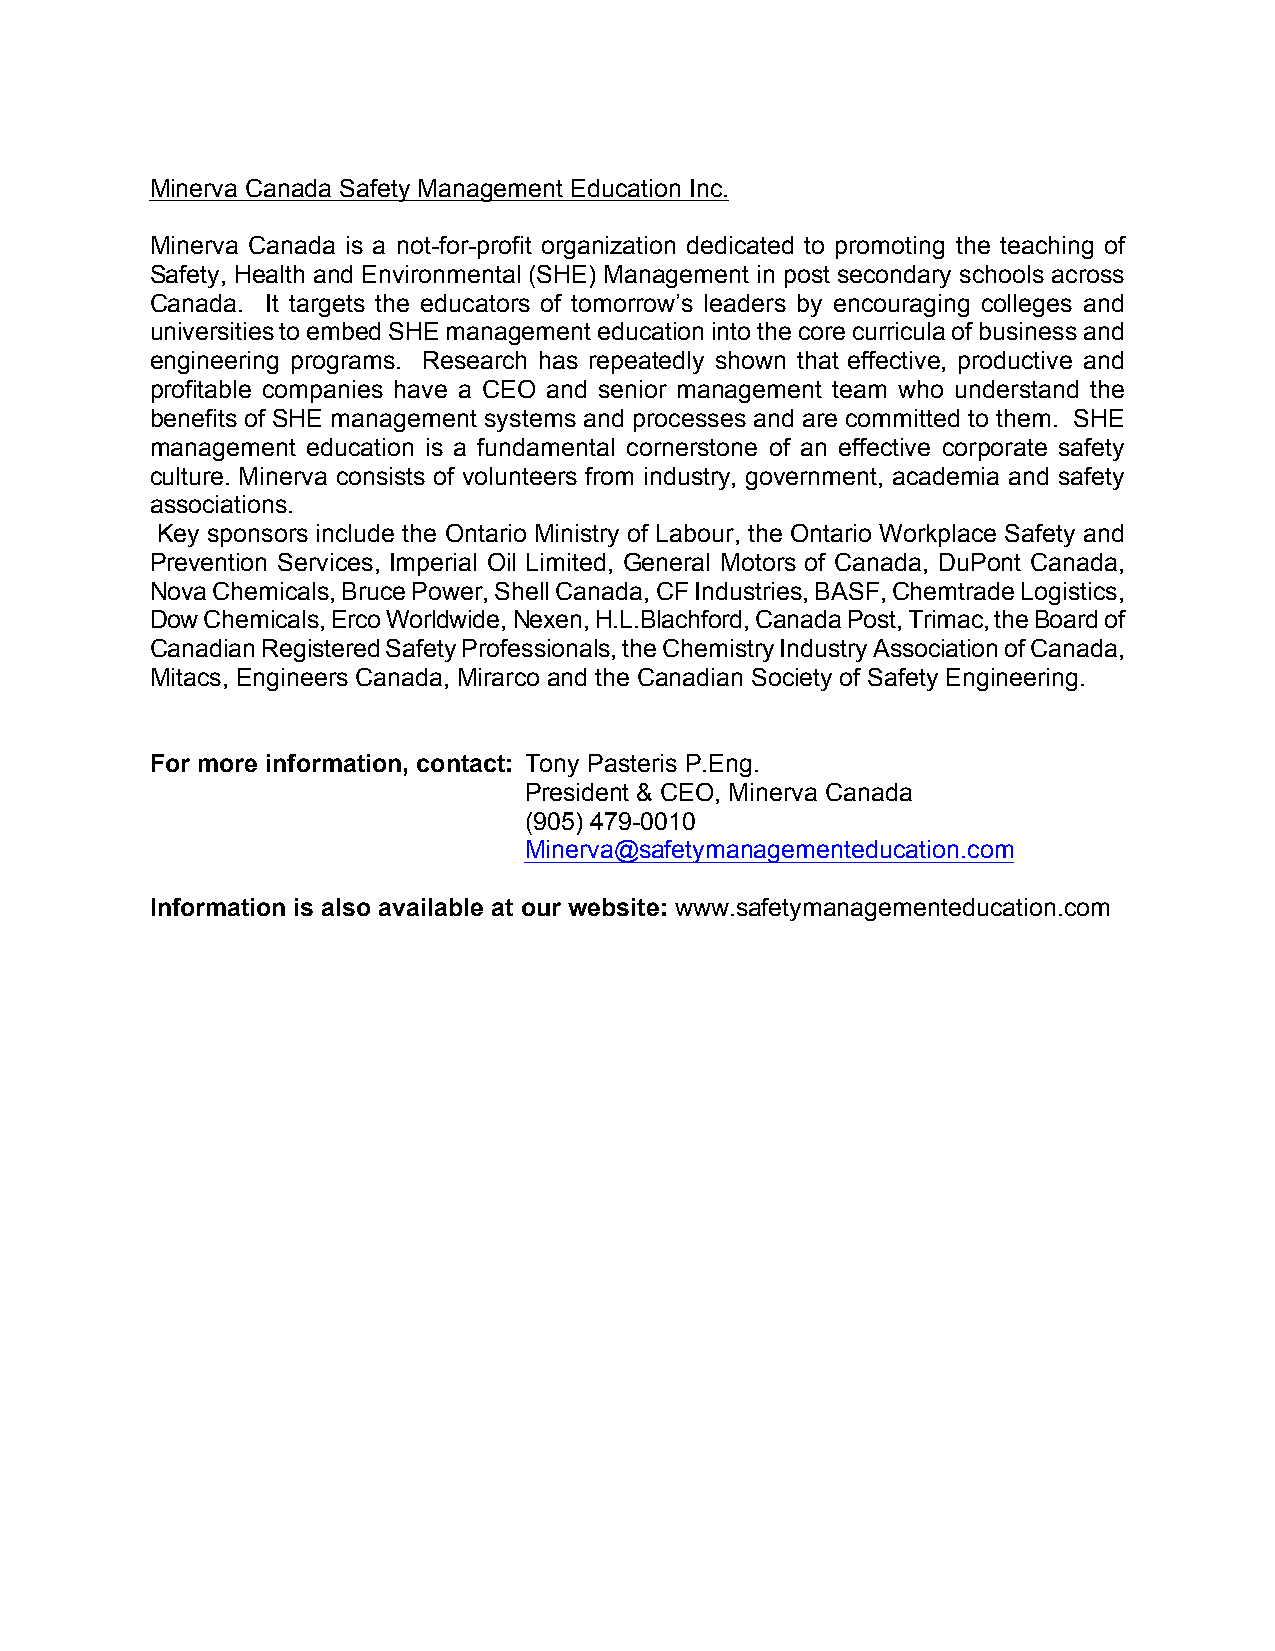
Minerva Canada Safety Management Education Inc.
 Minerva Canada is a not-for-profit organization dedicated to promoting the teaching of
 Safety, Health and Environmental (SHE) Management in post secondary schools across
 Canada. It targets the educators of tomorrow’s leaders by encouraging colleges and
 universities to embed SHE management education into the core curricula of business and
 engineering programs. Research has repeatedly shown that effective, productive and
 profitable companies have a CEO and senior management team who understand the
 benefits of SHE management systems and processes and are committed to them. SHE
 management education is a fundamental cornerstone of an effective corporate safety
 culture. Minerva consists of volunteers from industry, government, academia and safety
 associations.
 Key sponsors include the Ontario Ministry of Labour, the Ontario Workplace Safety and
 Prevention Services, Imperial Oil Limited, General Motors of Canada, DuPont Canada,
 Nova Chemicals, Bruce Power, Shell Canada, CF Industries, BASF, Chemtrade Logistics,
 Dow Chemicals, Erco Worldwide, Nexen, H.L.Blachford, Canada Post, Trimac, the Board of
 Canadian Registered Safety Professionals, the Chemistry Industry Association of Canada,
 Mitacs, Engineers Canada, Mirarco and the Canadian Society of Safety Engineering.
 For more information, contact: Tony Pasteris P.Eng.
 President & CEO, Minerva Canada
 (905) 479-0010
 Minerva@safetymanagementeducation.com
 Information is also available at our website: www.safetymanagementeducation.com